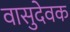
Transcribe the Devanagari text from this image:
वासुदेवक